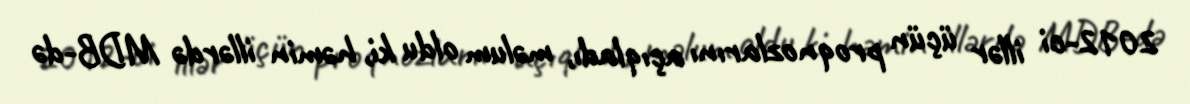
2012-ci illər üçün proqnozlarını açıqladı, məlum oldu ki, həmin illərdə MDB-də